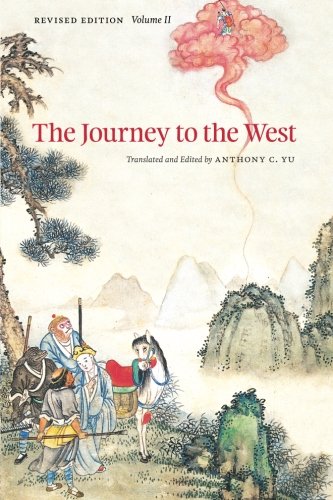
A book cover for The Journey to the West, Revised Edition, Volume 2; Literature & Fiction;